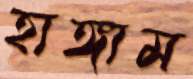
হাঙ্গাম